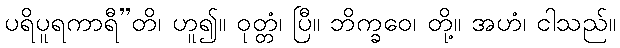
ပရိပူရကာရီ”တိ၊ ဟူ၍။ ဝုတ္တံ၊ ပြီ။ ဘိက္ခဝေ၊ တို့။ အဟံ၊ ငါသည်။